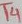
Text: T4